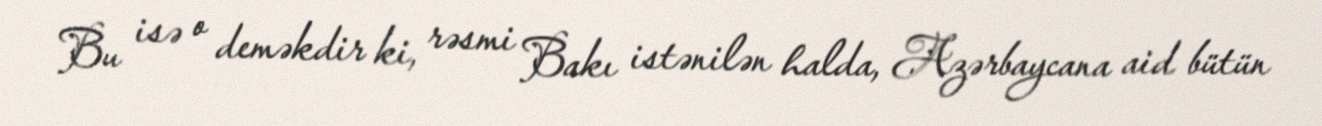
Bu isə o deməkdir ki, rəsmi Bakı istənilən halda, Azərbaycana aid bütün